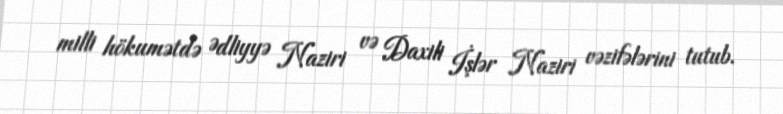
milli hökumətdə Ədliyyə Naziri və Daxili İşlər Naziri vəzifələrini tutub.